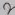
Text: 2